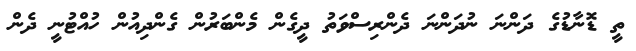
ތީ ޑޮނާޑުގެ ދަންނަ ނުދަންނަ ދެންރިސްވަތު ދީގެން މެންބަރުން ގެންދިއުން ހުއްޓުނީ ދެން